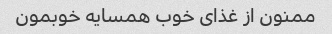
ممنون از غذای خوب همسایه خوبمون